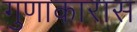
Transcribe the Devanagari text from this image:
गुणाकारास